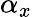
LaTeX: \alpha_{x}